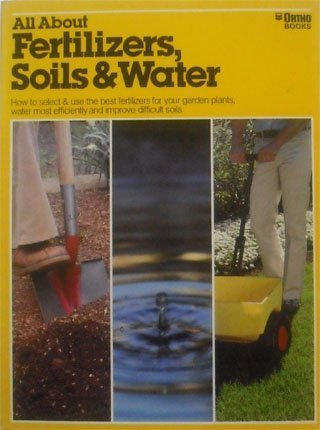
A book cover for All About Fertilizers, Soils and Water; A. Cort Sinnes; Crafts, Hobbies & Home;